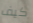
كيف